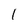
Character: 1